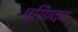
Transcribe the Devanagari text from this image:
प्रियदव